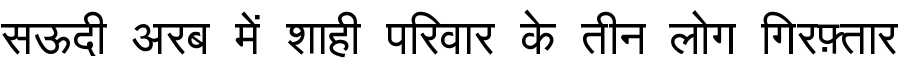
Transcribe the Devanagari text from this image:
सऊदी अरब में शाही परिवार के तीन लोग गिरफ़्तार